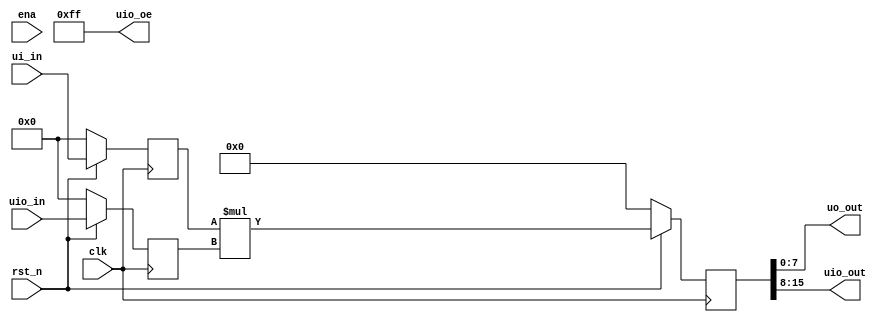
`default_nettype none

module tt_um_seven_segment_seconds #( parameter MAX_COUNT = 24'd10_000_000 ) (
    input  wire [7:0] ui_in,    // Dedicated inputs - connected to the input switches
    output wire [7:0] uo_out,   // Dedicated outputs - connected to the 7 segment display
    input  wire [7:0] uio_in,   // IOs: Bidirectional Input path
    output wire [7:0] uio_out,  // IOs: Bidirectional Output path
    output wire [7:0] uio_oe,   // IOs: Bidirectional Enable path (active high: 0=input, 1=output)
    input  wire       ena,      // will go high when the design is enabled
    input  wire       clk,      // clock
    input  wire       rst_n     // reset_n - low to reset
);

    wire reset = ! rst_n;
    assign uio_oe = 8'b11111111;

    reg [7:0] a_r, b_r;
    reg [15:0] p_r;

    assign uo_out = p_r[7:0];
    assign uio_out = p_r[15:8];

    always @(posedge clk)
    begin
        if (reset) begin
            a_r <= 0;
            b_r <= 0;
            p_r <= 0;
        end
        else begin
            a_r <= ui_in;
            b_r <= uio_in;
            p_r <= a_r * b_r;
        end
    end

    /*wire [6:0] led_out;
    assign uo_out[6:0] = led_out;
    assign uo_out[7] = 1'b0;

    // use bidirectionals as outputs
    assign uio_oe = 8'b11111111;

    // put bottom 8 bits of second counter out on the bidirectional gpio
    assign uio_out = second_counter[7:0];

    // external clock is 10MHz, so need 24 bit counter
    reg [23:0] second_counter;
    reg [7:0] digit;

    // if external inputs are set then use that as compare count
    // otherwise use the hard coded MAX_COUNT
    wire [23:0] compare = ui_in == 0 ? MAX_COUNT: {6'b0, ui_in[7:0], 10'b0};

    always @(posedge clk) begin
        // if reset, set counter to 0
        if (reset) begin
            second_counter <= 0;
            digit <= 0;
        end else begin
            // if up to 16e6
            if (second_counter == compare) begin
                // reset
                second_counter <= 0;

                // increment digit
                digit <= digit + 1'b1;

                // only count from 0 to 9
                if (digit == 9)
                    digit <= 0;

            end else
                // increment counter
                second_counter <= second_counter + 1'b1;
        end
    end

    // instantiate segment display
    seg7 seg7(.counter(digit), .segments(led_out));*/

endmodule